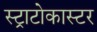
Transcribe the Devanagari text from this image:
स्ट्राटोकास्टर